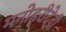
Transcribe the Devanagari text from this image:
मनोहरीदेवी